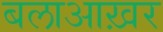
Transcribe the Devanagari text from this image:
बलाआख़र